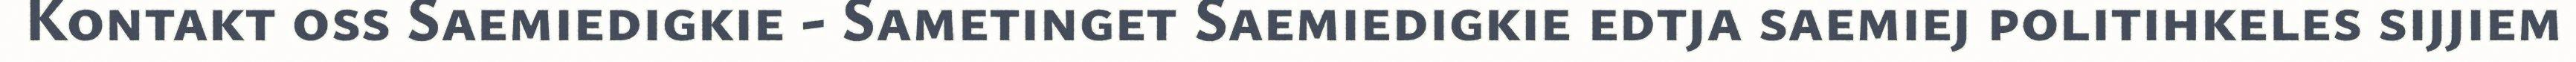
Kontakt oss Saemiedigkie - Sametinget Saemiedigkie edtja saemiej politihkeles sijjiem